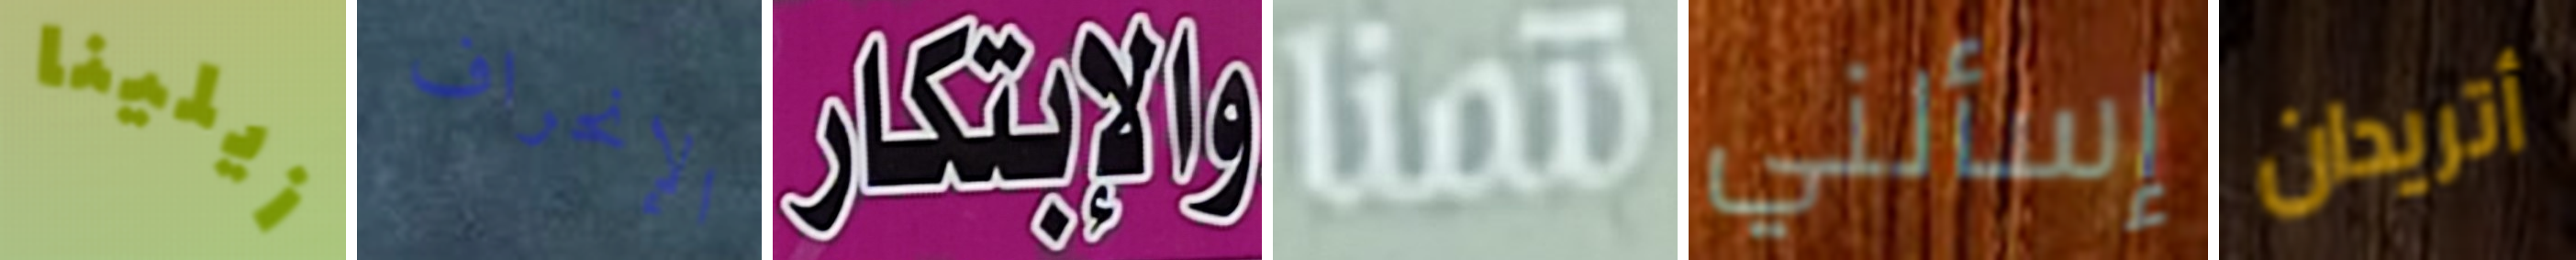
زيلينا الإنحراف والإبتكار نتمنا إسألني أتريدان